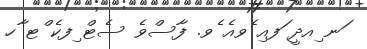
ަނ ިއދީ ަފއި ެވއެ ެވ. ފާސްވެ ސެޓް ިފކެ ްޓ ާހ